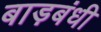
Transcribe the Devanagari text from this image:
बाड़बंधी